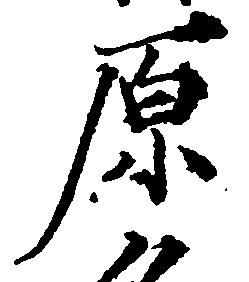
原